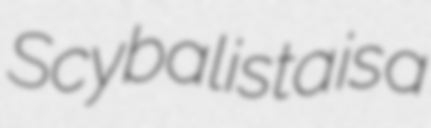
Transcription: Scybalista is a